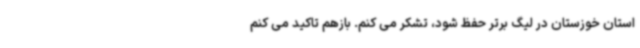
استان خوزستان در لیگ برتر حفظ شود، تشکر می کنم. بازهم تاکید می کنم